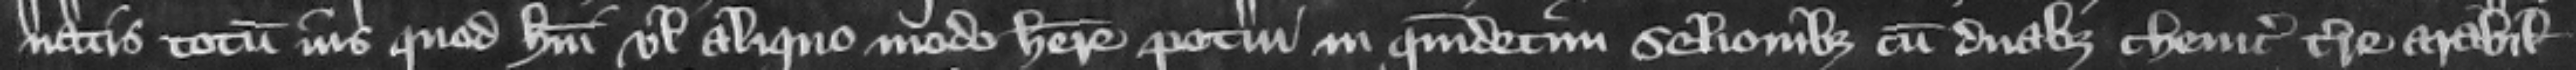
natis totum ius quod habui vel aliquo modo habere potui in quindecim selionibus cum duabus cheuic terre arabilis